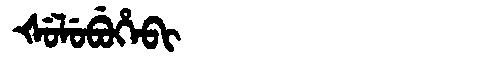
Manchu: ᡧᡠᠯᡠᠪᡠᡥᡝᠪᡳ
Romanization: ŠULUBUHEBI